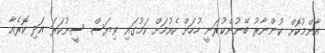
އާންމުކޮށް ކުންނާރު ބޭނުންކުރަނީ ހުހަށް ކެއުމަށް ކަމުގައި ވިޔަސް ސީނުކަރަ އަދި ކޮރެއާ